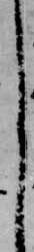
く